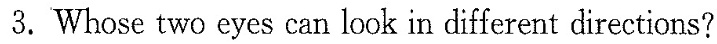
3.Whose two eyes can look in different directions?